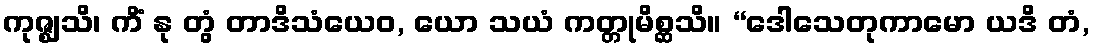
ကုဇ္ဈသိ၊ ကိံ နု တွံ တာဒိသံယေဝ, ယော သယံ ကတ္တုမိစ္ဆသိ။ “ဒေါသေတုကာမော ယဒိ တံ,